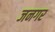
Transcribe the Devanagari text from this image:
जनगर